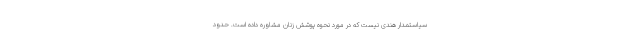
سیاستمدار هندی نیست که در مورد نحوه پوشش زنان مشاوره داده است. حدود